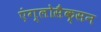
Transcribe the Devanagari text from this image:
एंग्लोसैक्सन